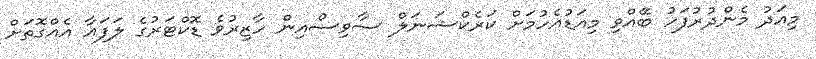
މިއަދު މެންދުރުފަހު ބޭއްވި މިއަޑުއެހުމަށް ކަރެކްޝަނަލް ސާވިސްއިން ހާޒިރުވެ ޑޮކްޓަރުގެ ލަފައާ އެއްގޮތަށް